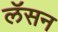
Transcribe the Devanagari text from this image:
लॅसन